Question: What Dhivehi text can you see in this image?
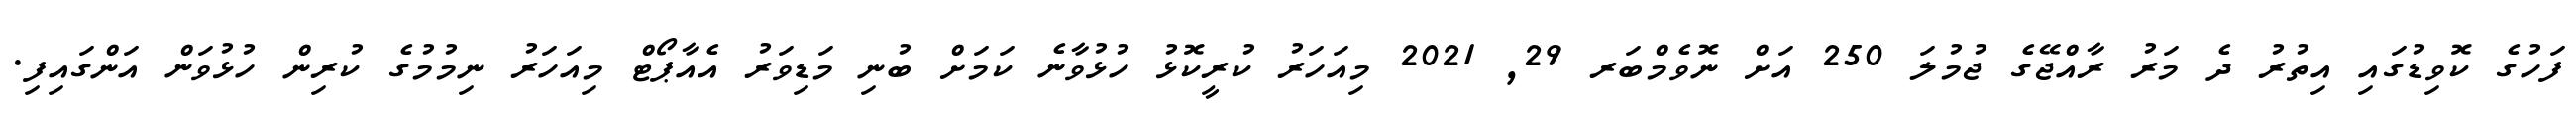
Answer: ފަހުގެ ކޮވިޑުގައި އިތުރު ދެ މަރު ރާއްޖޭގެ ޖުމުލަ 250 އަށް ނޮވެމްބަރ 29, 2021 މިއަހަރު ކުރީކޮޅު ހުޅުވާނެ ކަމަށް ބުނި މަޑިވަރު އެއާޕޯޓް މިއަހަރު ނިމުމުގެ ކުރިން ހުޅުވަން އަންގައިފި.